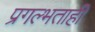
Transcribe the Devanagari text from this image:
प्रगल्भताही